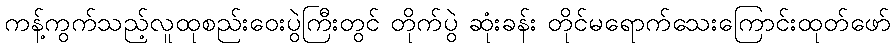
ကန့်ကွက်သည့်လူထုစည်းဝေးပွဲကြီးတွင် တိုက်ပွဲ ဆုံးခန်း တိုင်မရောက်သေးကြောင်းထုတ်ဖော်